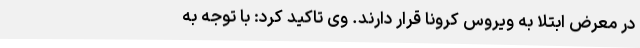
در معرض ابتلا به ویروس کرونا قرار دارند. وی تاکید کرد: با توجه به